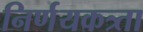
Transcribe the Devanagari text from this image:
निर्णयकत्र्ता